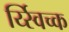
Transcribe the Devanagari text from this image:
र्य्स्विच्क